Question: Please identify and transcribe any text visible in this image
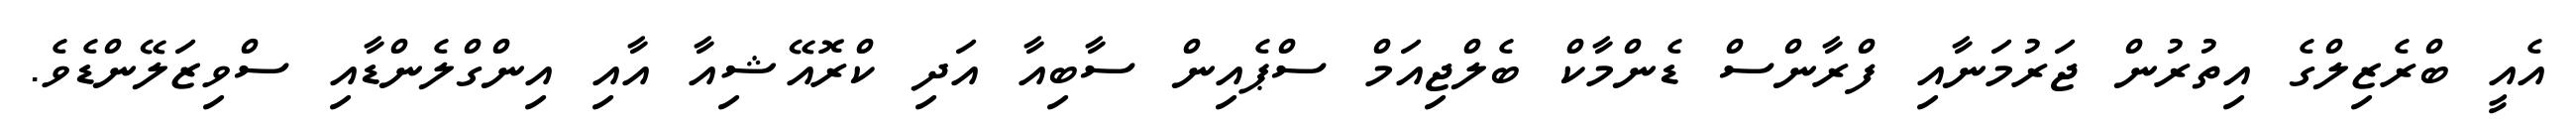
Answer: އެއީ ބްރެޒިލްގެ އިތުރުން ޖަރުމަނާއި ފްރާންސް ޑެންމާކް ބެލްޖިއަމް ސްޕެއިން ސާބިއާ އަދި ކްރޮއޭޝިއާ އާއި އިންގްލެންޑާއި ސްވިޒަލޭންޑެވެ.